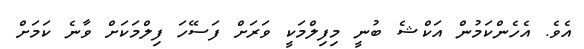
އެވެ. އެހެންކަމުން އަކްޝެ ބުނީ މިފިލްމަކީ ވަރަށް ފަސޭހަ ފިލްމަކަށް ވާނެ ކަަމަށް